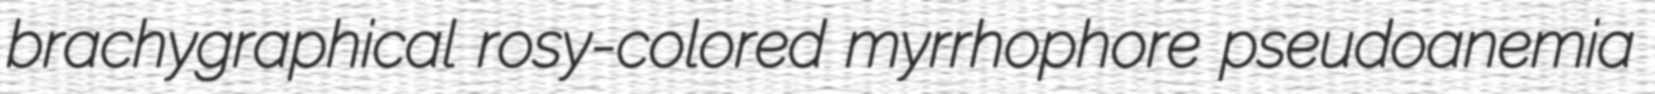
brachygraphical rosy-colored myrrhophore pseudoanemia